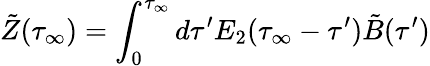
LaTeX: \tilde{Z}(\tau_{\infty})=\int_{0}^{\tau_{\infty}}d\tau^{\prime}E_{2}(\tau_{\infty}-\tau^{\prime})\tilde{B}(\tau^{\prime})